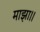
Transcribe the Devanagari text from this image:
माझा।।